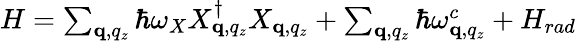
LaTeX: \begin{array}{r}{H=\sum_{\mathbf q,q_{z}}\hbar\omega_{X}X_{\mathbf q,q_{z}}^{\dagger}X_{\mathbf q,q_{z}}+\sum_{\mathbf q,q_{z}}\hbar\omega_{\mathbf q,q_{z}}^{c}+H_{rad}}\end{array}